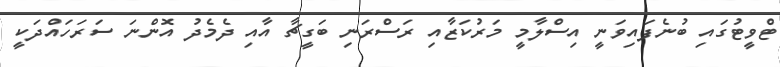
ޓްވީޓުގައި ބުނެފައިވަނީ އިސްލާމީ މަރުކަޒާއި ރަސްރަނި ބަގީޗާ އާއި ދެމެދު އޮންނަ ސަރަހައްދަކީ